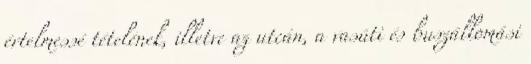
értelmessé tételének, illetve az utcán, a vasúti és buszállomási